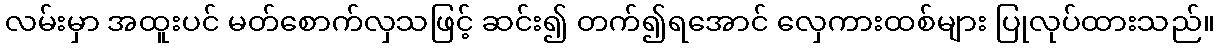
လမ်းမှာ အထူးပင် မတ်စောက်လှသဖြင့် ဆင်း၍ တက်၍ရအောင် လှေကားထစ်များ ပြုလုပ်ထားသည်။